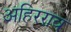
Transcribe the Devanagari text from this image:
अहिरराव